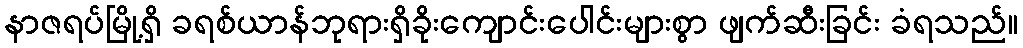
နာဇရပ်မြို့ရှိ ခရစ်ယာန်ဘုရားရှိခိုးကျောင်းပေါင်းများစွာ ဖျက်ဆီးခြင်း ခံရသည်။